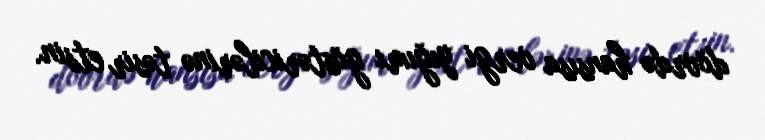
dövrdə hansısa vergi yığımı göstəricilərinə təsir etsin.